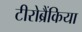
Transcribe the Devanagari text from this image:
टीरोब्रैंकिया